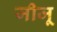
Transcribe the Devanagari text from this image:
जीजू